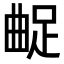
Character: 𨀲